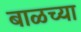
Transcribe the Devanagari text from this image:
बाळच्या